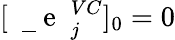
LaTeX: [\mathrm{~\mathbf~\underline{~}{~e~}~}_{j}^{VC}]_{0}=0